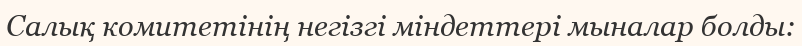
Салық комитетінің негізгі міндеттері мыналар болды: